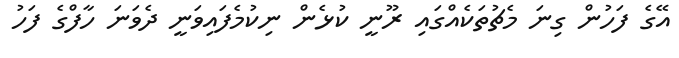
އޭގެ ފަހުން ގިނަ މެޗުތަކެއްގައި ރޫނީ ކުޅެން ނިކުމެފައިވަނީ ދެވަނަ ހާފްގެ ފަހު